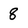
Character: 8